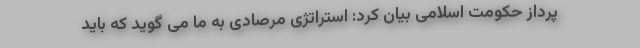
پرداز حکومت اسلامی بیان کرد: استراتژی مرصادی به ما می گوید که باید